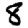
Digit: 8